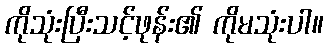
ကိုသုံးပြီးသင့်ဖုန်း၏ ကိုမသုံးပါ။